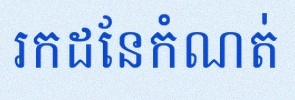
រកដែនកំណត់